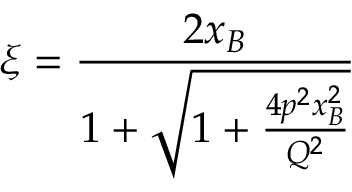
\xi = \frac { 2 x _ { B } } { 1 + \sqrt { 1 + \frac { 4 p ^ { 2 } x _ { B } ^ { 2 } } { Q ^ { 2 } } } }